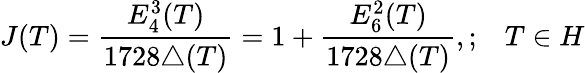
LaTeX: J(T)=\frac{E_{4}^{3}(T)}{1728\triangle(T)}=1+\frac{E_{6}^{2}(T)}{1728\triangle(T)},;\; \; \; T\in H